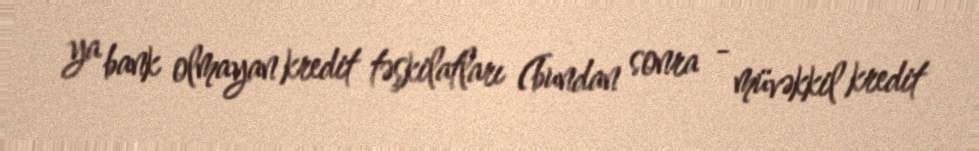
ya bank olmayan kredit təşkilatları (bundan sonra - müvəkkil kredit